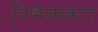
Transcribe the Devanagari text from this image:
त्रिभजाकार